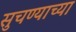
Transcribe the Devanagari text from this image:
सुचण्याच्या